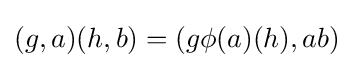
(g,a)(h,b)=(g\phi (a)(h),ab)